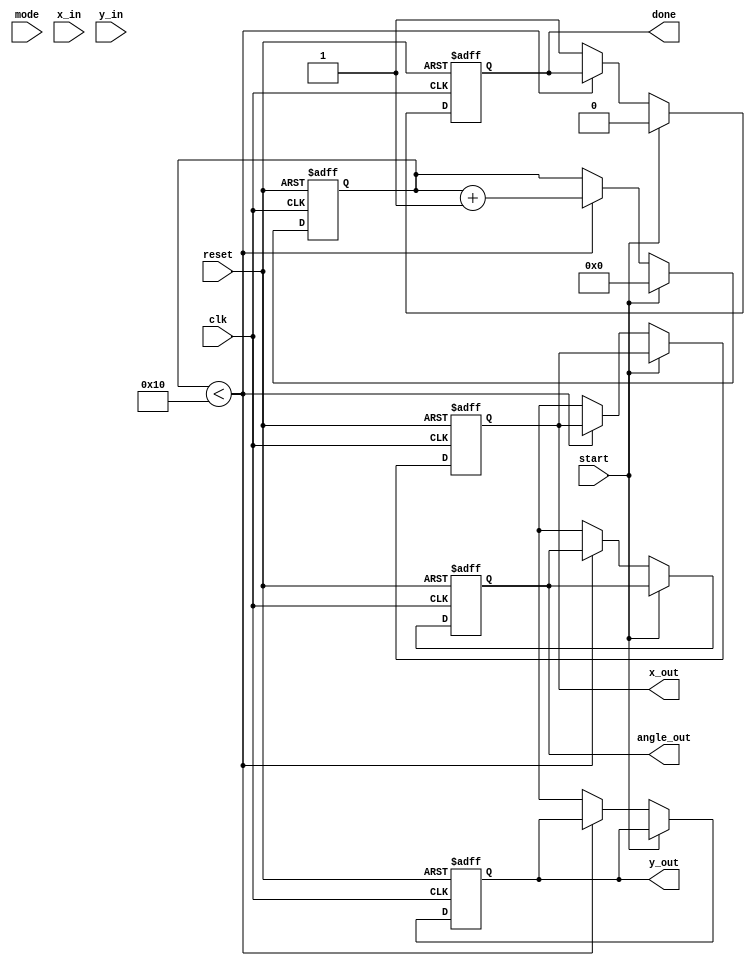
module cordic #(
    parameter DATA_WIDTH = 16, // Configurable data width
    parameter ITERATIONS = 16   // Number of iterations for accuracy
)(
    input wire clk,
    input wire reset,
    input wire start,
    input wire mode, // 0 for rotation, 1 for vectoring
    input wire [DATA_WIDTH-1:0] x_in,
    input wire [DATA_WIDTH-1:0] y_in,
    output reg [DATA_WIDTH-1:0] x_out,
    output reg [DATA_WIDTH-1:0] y_out,
    output reg [DATA_WIDTH-1:0] angle_out,
    output reg done
);

    // Internal signals
    reg [DATA_WIDTH-1:0] x [0:ITERATIONS-1];
    reg [DATA_WIDTH-1:0] y [0:ITERATIONS-1];
    reg [DATA_WIDTH-1:0] z [0:ITERATIONS-1];
    reg [4:0] iteration;
    reg [DATA_WIDTH-1:0] atan_table [0:ITERATIONS-1]; // Lookup table for arctangent values
    reg [DATA_WIDTH-1:0] scaling_factor;

    // Initialize the arctangent lookup table
    initial begin
        // Precomputed arctangent values (in radians) for CORDIC
        atan_table[0] = 16'h2000; // atan(1) = 0.7854 (in fixed point)
        atan_table[1] = 16'h1000; // atan(0.5) = 0.4636
        atan_table[2] = 16'h0800; // atan(0.25) = 0.2449
        // ... Fill in the rest of the table as needed
        // Scaling factor for CORDIC
        scaling_factor = 16'h1C71; // 1/sqrt(1 + 1) for 16 iterations
    end

    // Control logic
    always @(posedge clk or posedge reset) begin
        if (reset) begin
            iteration <= 0;
            done <= 0;
            x_out <= 0;
            y_out <= 0;
            angle_out <= 0;
        end else if (start) begin
            // Initialize inputs
            x[0] <= x_in;
            y[0] <= y_in;
            z[0] <= mode ? 0 : atan_table[0]; // Initial angle for vectoring mode
            iteration <= 0;
            done <= 0;
        end else if (iteration < ITERATIONS) begin
            // CORDIC computation
            if (mode == 0) begin // Rotation mode
                if (z[iteration] < 0) begin
                    x[iteration + 1] <= x[iteration] + (y[iteration] >>> iteration);
                    y[iteration + 1] <= y[iteration] - (x[iteration] >>> iteration);
                    z[iteration + 1] <= z[iteration] + atan_table[iteration];
                end else begin
                    x[iteration + 1] <= x[iteration] - (y[iteration] >>> iteration);
                    y[iteration + 1] <= y[iteration] + (x[iteration] >>> iteration);
                    z[iteration + 1] <= z[iteration] - atan_table[iteration];
                end
            end else begin // Vectoring mode
                // Vectoring logic (similar to rotation)
                if (y[iteration] < 0) begin
                    x[iteration + 1] <= x[iteration] + (y[iteration] >>> iteration);
                    y[iteration + 1] <= y[iteration] + (x[iteration] >>> iteration);
                    z[iteration + 1] <= z[iteration] - atan_table[iteration];
                end else begin
                    x[iteration + 1] <= x[iteration] - (y[iteration] >>> iteration);
                    y[iteration + 1] <= y[iteration] - (x[iteration] >>> iteration);
                    z[iteration + 1] <= z[iteration] + atan_table[iteration];
                end
            end
            iteration <= iteration + 1;
        end else begin
            // Output results
            x_out <= x[ITERATIONS];
            y_out <= y[ITERATIONS];
            angle_out <= z[ITERATIONS];
            done <= 1;
        end
    end

endmodule